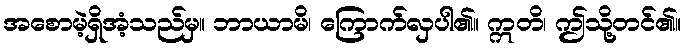
အစောမဲ့ရှိအံ့သည်မှ။ ဘာယာမိ၊ ကြောက်လှပါ၏။ ဣတိ၊ ဤသို့တင်၏။